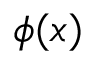
\phi ( x )